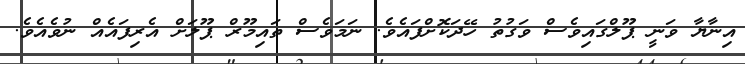
އިނާޔާ ވަނީ ޕޫލްގައިވެސް ވަގުތު ހޭދަކޮށްފައެވެ. ނަމަވެސް ތައިމޫރް ޕޫލަށް އެރިފައެއް ނުވެއެވެ.